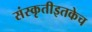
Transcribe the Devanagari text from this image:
संस्कृतीइतकेच